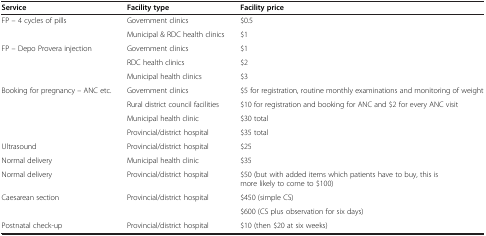
<table><thead><tr><td><b>Service</b></td><td><b>Facility type</b></td><td><b>Facility price</b></td></tr></thead><tbody><tr><td rowspan="2">FP – 4 cycles of pills</td><td>Government clinics</td><td>$0.5</td></tr><tr><td>Municipal &amp; RDC health clinics</td><td>$1</td></tr><tr><td rowspan="3">FP – Depo Provera injection</td><td>Government clinics</td><td>$1</td></tr><tr><td>RDC health clinics</td><td>$2</td></tr><tr><td>Municipal health clinics</td><td>$3</td></tr><tr><td rowspan="4">Booking for pregnancy – ANC etc.</td><td>Government clinics</td><td>$5 for registration, routine monthly examinations and monitoring of weight</td></tr><tr><td>Rural district council facilities</td><td>$10 for registration and booking for ANC and $2 for every ANC visit</td></tr><tr><td>Municipal health clinic</td><td>$30 total</td></tr><tr><td>Provincial/district hospital</td><td>$35 total</td></tr><tr><td>Ultrasound</td><td>Provincial/district hospital</td><td>$25</td></tr><tr><td>Normal delivery</td><td>Municipal health clinic</td><td>$35</td></tr><tr><td>Normal delivery</td><td>Provincial/district hospital</td><td>$50 (but with added items which patients have to buy, this is more likely to come to $100)</td></tr><tr><td rowspan="2">Caesarean section</td><td rowspan="2">Provincial/district hospital</td><td>$450 (simple CS)</td></tr><tr><td>$600 (CS plus observation for six days)</td></tr><tr><td>Postnatal check-up</td><td>Provincial/district hospital</td><td>$10 (then $20 at six weeks)</td></tr></tbody></table>